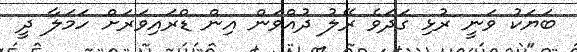
ބަޔަކު ވަނީ ރުޅި ގަދަވެ ރޭލު ދުއްވަން އިން ޑްރައިވަރަށް ހަމަލާ ދީ